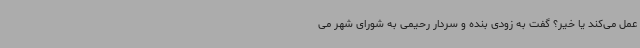
عمل می‌کند یا خیر؟ گفت به زودی بنده و سردار رحیمی به شورای شهر می